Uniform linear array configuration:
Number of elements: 48
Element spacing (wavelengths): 0.25
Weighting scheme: kaiser
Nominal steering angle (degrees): -30
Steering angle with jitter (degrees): -29.764
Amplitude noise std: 0.05
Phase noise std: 0.05

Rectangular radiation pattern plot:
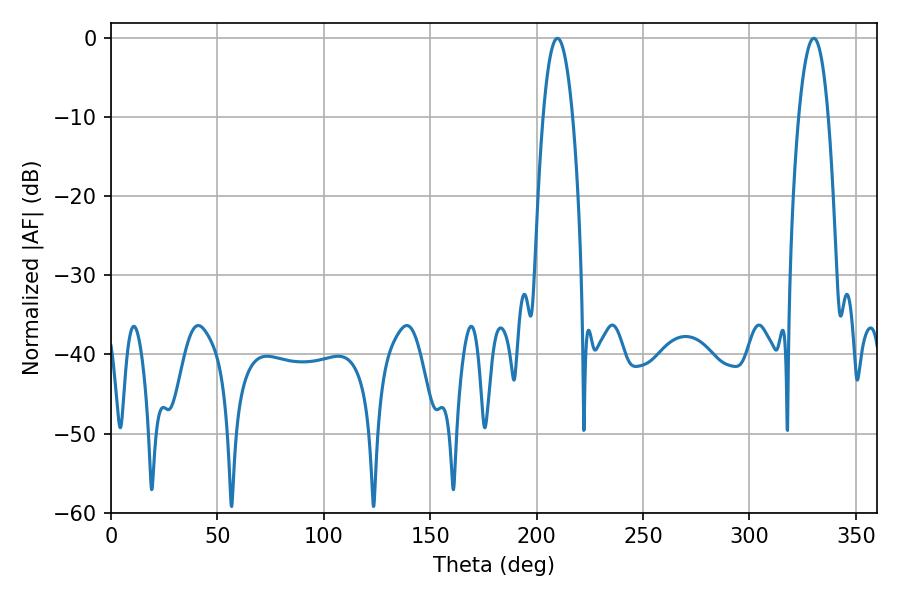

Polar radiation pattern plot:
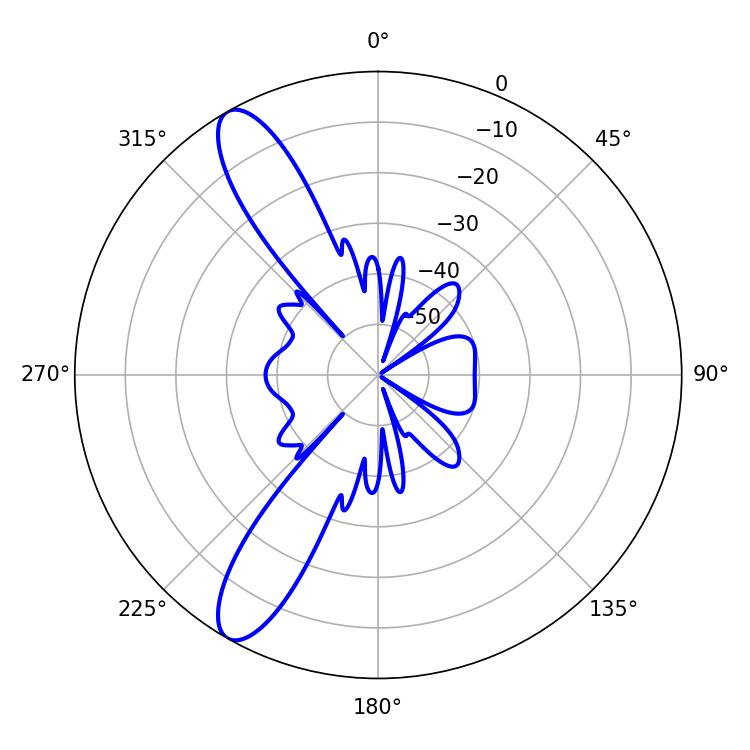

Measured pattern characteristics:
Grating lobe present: FALSE
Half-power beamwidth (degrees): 7.74
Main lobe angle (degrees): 209.7